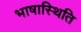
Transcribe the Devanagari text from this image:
भाषास्थिति